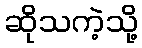
ဆိုသကဲ့သို့